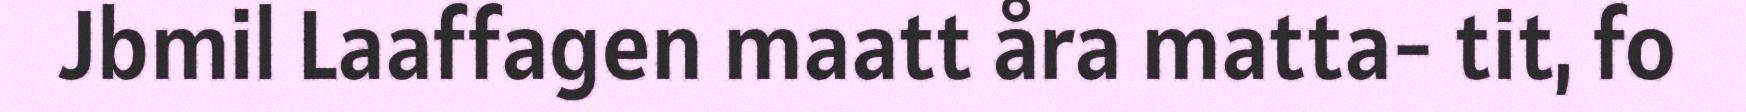
Jbmil Laaffagen maatt åra matta- tit, fo